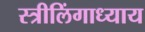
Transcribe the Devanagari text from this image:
स्त्रीलिंगाध्याय